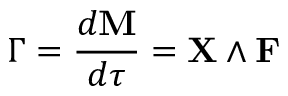
{ \boldsymbol { \Gamma } } = { \frac { d \mathbf { M } } { d \tau } } = \mathbf { X } \wedge \mathbf { F }